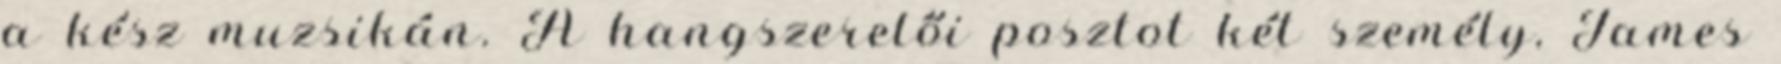
a kész muzsikán. A hangszerelői posztot két személy, James